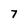
Character: 7